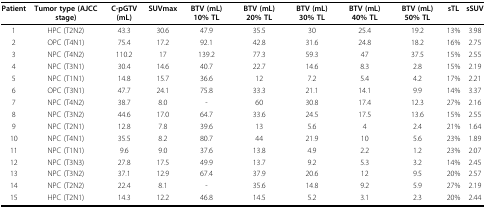
<table><thead><tr><td><b>Patient</b></td><td><b>Tumor type (AJCC stage)</b></td><td><b>C-pGTV (mL)</b></td><td><b>SUVmax</b></td><td><b>BTV (mL) 10% TL</b></td><td><b>BTV (mL) 20% TL</b></td><td><b>BTV (mL) 30% TL</b></td><td><b>BTV (mL) 40% TL</b></td><td><b>BTV (mL) 50% TL</b></td><td><b>sTL</b></td><td><b>sSUV</b></td></tr></thead><tbody><tr><td>1</td><td>HPC (T2N2)</td><td>43.3</td><td>30.6</td><td>47.9</td><td>35.5</td><td>30</td><td>25.4</td><td>19.2</td><td>13%</td><td>3.98</td></tr><tr><td>2</td><td>OPC (T4N1)</td><td>75.4</td><td>17.2</td><td>92.1</td><td>42.8</td><td>31.6</td><td>24.8</td><td>18.2</td><td>16%</td><td>2.75</td></tr><tr><td>3</td><td>NPC (T4N2)</td><td>110.2</td><td>17</td><td>139.2</td><td>77.3</td><td>59.3</td><td>47</td><td>37.5</td><td>15%</td><td>2.55</td></tr><tr><td>4</td><td>NPC (T3N1)</td><td>30.4</td><td>14.6</td><td>40.7</td><td>22.7</td><td>14.6</td><td>8.3</td><td>2.8</td><td>15%</td><td>2.19</td></tr><tr><td>5</td><td>NPC (T1N1)</td><td>14.8</td><td>15.7</td><td>36.6</td><td>12</td><td>7.2</td><td>5.4</td><td>4.2</td><td>17%</td><td>2.21</td></tr><tr><td>6</td><td>OPC (T3N1)</td><td>47.7</td><td>24.1</td><td>75.8</td><td>33.3</td><td>21.1</td><td>14.1</td><td>9.9</td><td>14%</td><td>3.37</td></tr><tr><td>7</td><td>NPC (T4N2)</td><td>38.7</td><td>8.0</td><td>-</td><td>60</td><td>30.8</td><td>17.4</td><td>12.3</td><td>27%</td><td>2.16</td></tr><tr><td>8</td><td>NPC (T3N2)</td><td>44.6</td><td>17.0</td><td>64.7</td><td>33.6</td><td>24.5</td><td>17.5</td><td>13.6</td><td>15%</td><td>2.55</td></tr><tr><td>9</td><td>NPC (T2N1)</td><td>12.8</td><td>7.8</td><td>39.6</td><td>13</td><td>5.6</td><td>4</td><td>2.4</td><td>21%</td><td>1.64</td></tr><tr><td>10</td><td>NPC (T4N1)</td><td>35.5</td><td>8.2</td><td>80.7</td><td>44</td><td>21.9</td><td>10</td><td>5.6</td><td>23%</td><td>1.89</td></tr><tr><td>11</td><td>NPC (T1N1)</td><td>9.6</td><td>9.0</td><td>37.6</td><td>13.8</td><td>4.9</td><td>2.2</td><td>1.2</td><td>23%</td><td>2.07</td></tr><tr><td>12</td><td>NPC (T3N3)</td><td>27.8</td><td>17.5</td><td>49.9</td><td>13.7</td><td>9.2</td><td>5.3</td><td>3.2</td><td>14%</td><td>2.45</td></tr><tr><td>13</td><td>NPC (T3N2)</td><td>37.1</td><td>12.9</td><td>67.4</td><td>37.9</td><td>20.6</td><td>12</td><td>9.5</td><td>20%</td><td>2.57</td></tr><tr><td>14</td><td>NPC (T2N2)</td><td>22.4</td><td>8.1</td><td>-</td><td>35.6</td><td>14.8</td><td>9.2</td><td>5.9</td><td>27%</td><td>2.19</td></tr><tr><td>15</td><td>HPC (T2N1)</td><td>14.3</td><td>12.2</td><td>46.8</td><td>14.5</td><td>5.2</td><td>3.1</td><td>2.3</td><td>20%</td><td>2.44</td></tr></tbody></table>